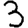
Digit: 3